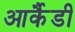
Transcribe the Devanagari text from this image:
आर्कैडी